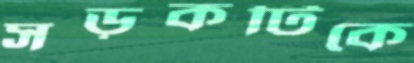
সড়কটিকে